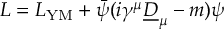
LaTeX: | V _ { n 0 } | ^ { 2 } = \frac { g _ { 2 } ^ { 2 } \lambda ^ { \prime 2 } \sin ^ { 4 } ( \pi n y ) } { \pi ^ { 4 } J } .